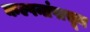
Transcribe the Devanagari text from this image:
कल्पनांपासून